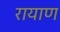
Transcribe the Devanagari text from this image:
रायाण